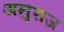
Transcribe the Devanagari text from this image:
अनुराज